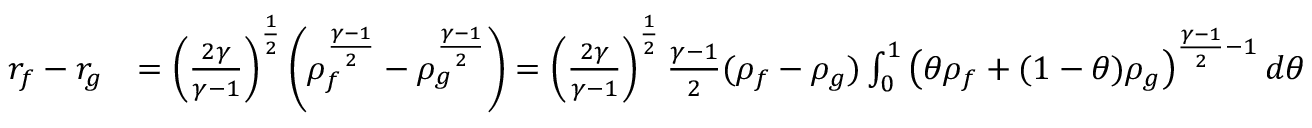
\begin{array} { r l } { r _ { f } - r _ { g } } & { = \left( \frac { 2 \gamma } { \gamma - 1 } \right) ^ { \frac 1 2 } \left( \rho _ { f } ^ { \frac { \gamma - 1 } { 2 } } - \rho _ { g } ^ { \frac { \gamma - 1 } { 2 } } \right) = \left( \frac { 2 \gamma } { \gamma - 1 } \right) ^ { \frac 1 2 } \frac { \gamma - 1 } { 2 } ( \rho _ { f } - \rho _ { g } ) \int _ { 0 } ^ { 1 } \left( \theta \rho _ { f } + ( 1 - \theta ) \rho _ { g } \right) ^ { \frac { \gamma - 1 } { 2 } - 1 } d \theta } \end{array}